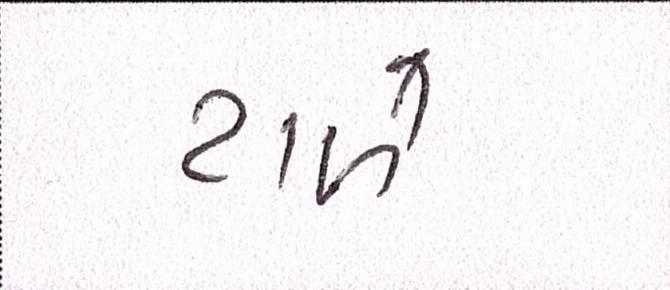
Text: ટાળે